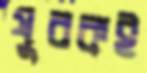
যুবকই